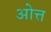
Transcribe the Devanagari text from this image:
ओत्त